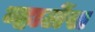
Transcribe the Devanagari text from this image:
व्हालेंस